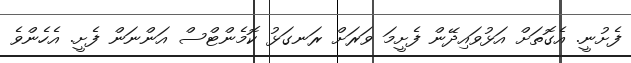
ފެށުނީ. އެގޮތަށް އަޅުވައިދޭން ފެށީމަ ވަރަށް ރަނގަޅު ކޮމެންޓްސް އަންނަން ފެށީ. އެހެންވެ